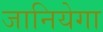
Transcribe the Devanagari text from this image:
जानियेगा